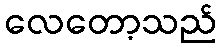
လေတော့သည်